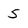
Character: 5